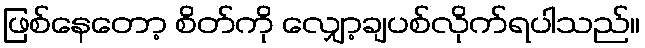
ဖြစ်နေတော့ စိတ်ကို လျှော့ချပစ်လိုက်ရပါသည်။